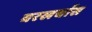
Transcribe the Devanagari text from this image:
घरखर्चास